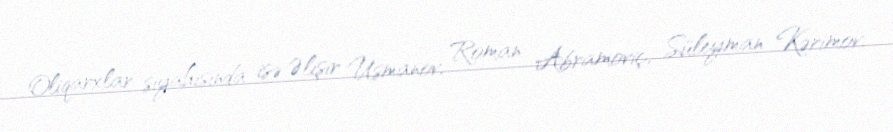
Oliqarxlar siyahısında isə Əlişir Usmanov, Roman Abramoviç, Süleyman Kərimov,